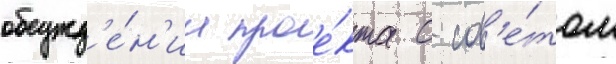
обсужд'е́н'ии прое́кта с сов'е́том